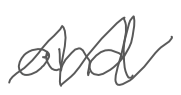
Text: and
Cross-out: zig-zag
Writing tool: digital_gray